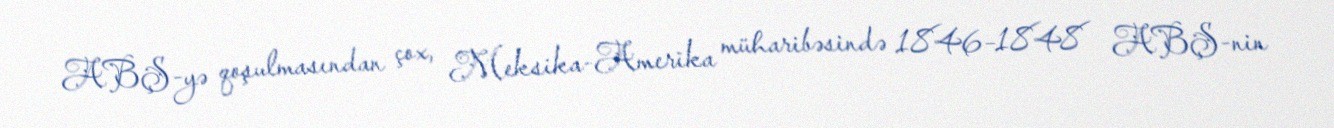
ABŞ-yə qoşulmasından çox, Meksika-Amerika müharibəsində 1846–1848 ABŞ-nin